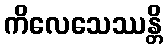
ကိလေသေဿန္တိ